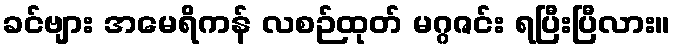
ခင်ဗျား အမေရိကန် လစဉ်ထုတ် မဂ္ဂဇင်း ရပြီးပြီလား။